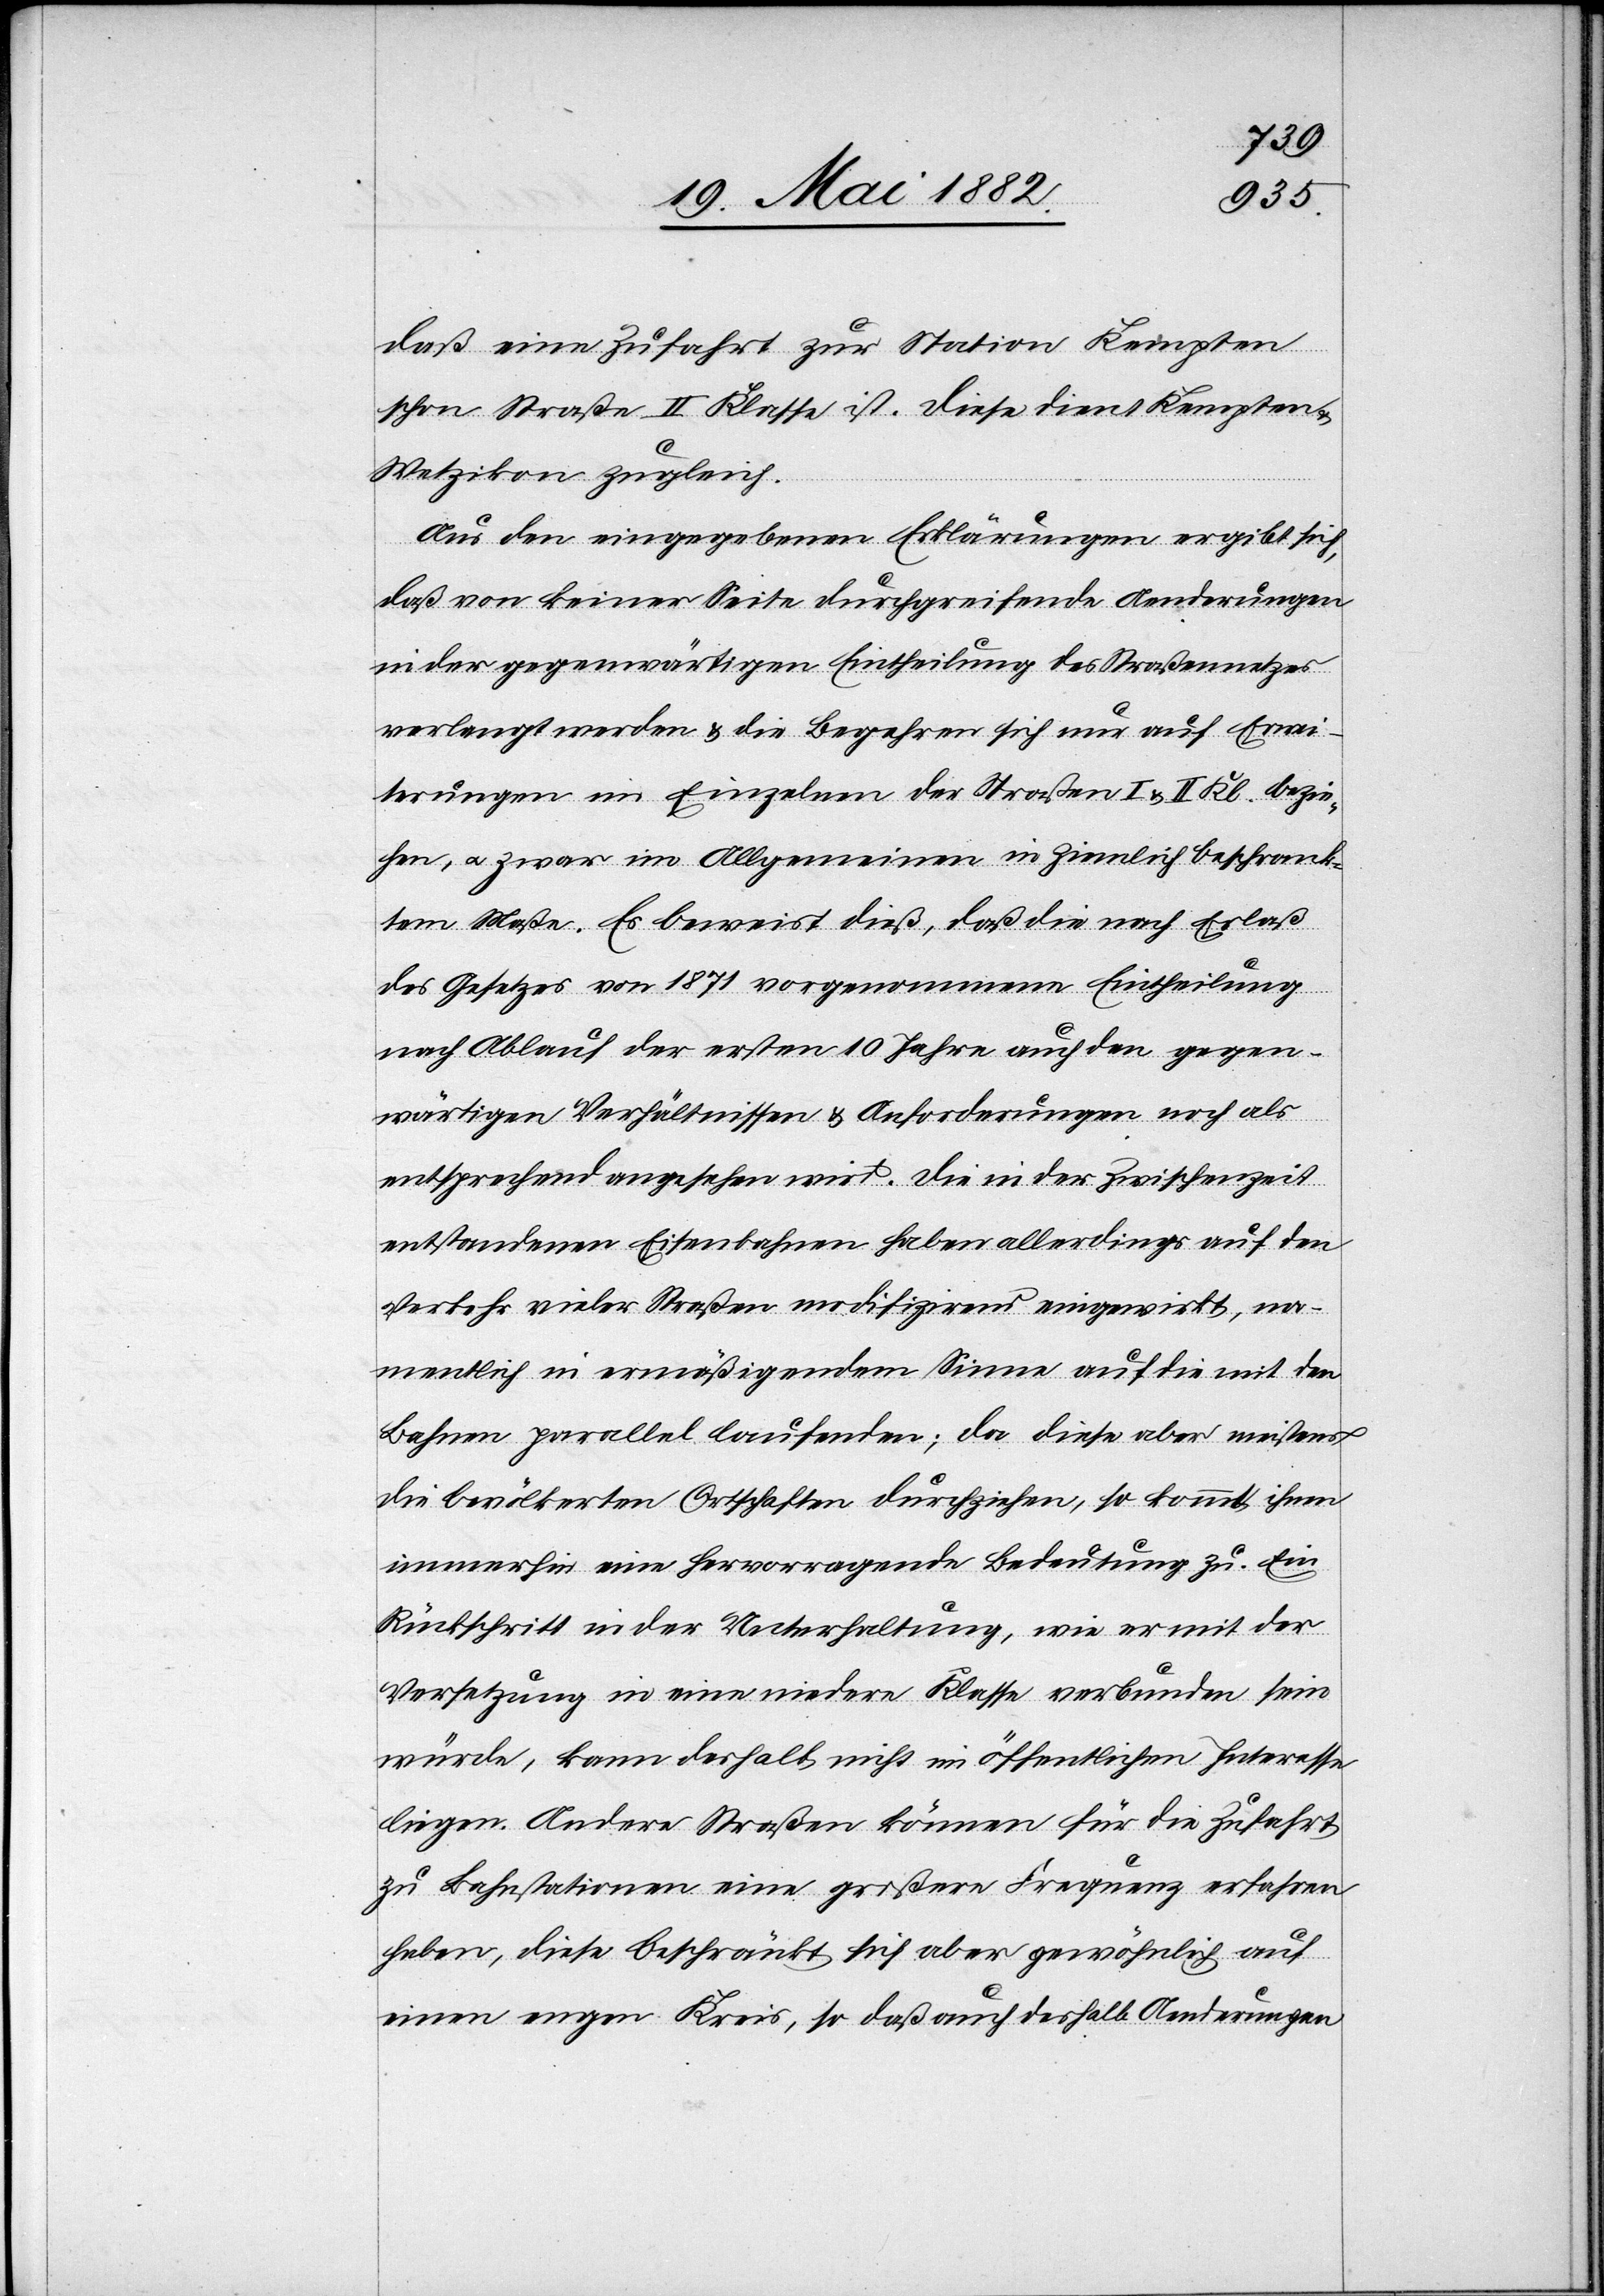
daß eine Zufahrt zur Station Kempten
schon Straße II. Klasse ist. Diese dient Kempten &
Wetzikon zugleich.
Aus den eingegebenen Erklärungen ergibt sich,
daß von keiner Seite durchgreifende Aenderungen
in der gegenwärtigen Eintheilung des Straßennetzes
verlangt werden & die Begehren sich nur auf Erwei¬
terungen im Einzelnen der Straßen I. & II. Kl. bezie¬
hen, u. zwar im Allgemeinen in ziemlich beschränk¬
tem Maße. Es beweist dieß, daß die nach Erlaß
des Gesetzes von 1871 vorgenommene Eintheilung
nach Ablauf der ersten 10 Jahre auch den gegen¬
wärtigen Verhältnissen & Anforderungen noch als
entsprechend angesehen wird. Die in der Zwischenzeit
entstandenen Eisenbahnen haben allerdings auf den
Verkehr vieler Straßen modifizirend eingewirkt, na¬
mentlich in ermäßigendem Sinne auf die mit den
Bahnen parallel laufenden; da diese aber meistens
die bevölkerten Ortschaften durchziehen, so kommt ihnen
immerhin eine hervorragende Bedeutung zu. Ein
Rückschritt in der Unterhaltung, wie er mit der
Versetzung in eine niedere Klasse verbunden sein
würde, kann deshalb nicht im öffentlichen Interesse
liegen. Andere Straßen können für die Zufahrt
zu Bahnstationen eine größere Frequenz erfahren
haben, diese beschränkt sich aber gewöhnlich auf
einen engen Kreis, so daß auch deshalb Aenderungen